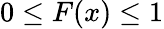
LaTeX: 0\leq F(x)\leq 1